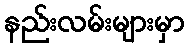
နည်းလမ်းများမှာ